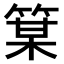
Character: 𫂋